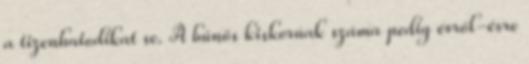
a tizenhatodikat se. A bűnös kiskorúak száma pedig évről-évre